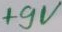
Text: +9V